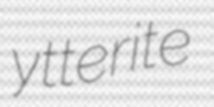
ytterite